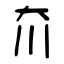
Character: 夼